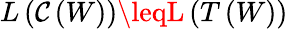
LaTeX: L\left(\mathcal{C}\left(W\right)\right)\leqL\left(T\left(W\right)\right)